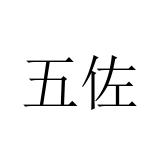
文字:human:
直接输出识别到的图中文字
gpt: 五佐